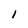
Character: 1